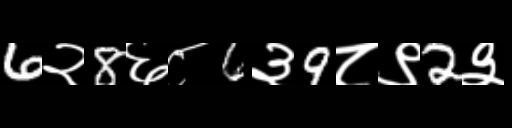
Text: 6२8६८6३9८९2३